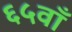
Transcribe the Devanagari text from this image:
६५वाँ